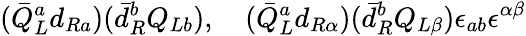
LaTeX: (\bar{Q}_{L}^{a}d_{Ra})(\bar{d}_{R}^{b}Q_{Lb}),~~~~(\bar{Q}_{L}^{a}d_{R\alpha})(\bar{d}_{R}^{b}Q_{L\beta})\epsilon_{ab}\epsilon^{\alpha\beta}